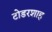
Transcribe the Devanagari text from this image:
टोडरशाह